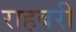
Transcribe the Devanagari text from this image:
राहबरी